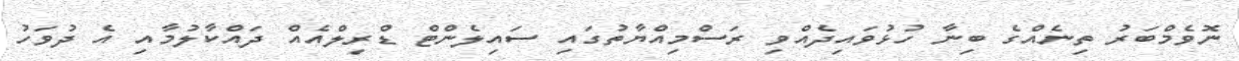
ނޮވެމްބަރު ތިނެއްގެ ބިނާ ހުޅުވައިދެއްވި ރަސްމިއްޔާތުގައި ސައިލެންޓް ޑްރިލްއެއް ދައްކާލުމާއި އެ ދުވަހު